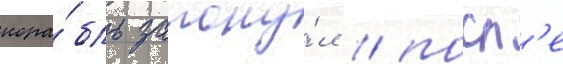
кора́бль затону́л / посл'е